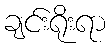
ချင်းရိုးရာ